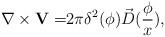
LaTeX: \begin{align*}\nabla \times {\bf V=}2\pi \delta ^2({\bf \phi })\vec D(\frac \phi x),\end{align*}